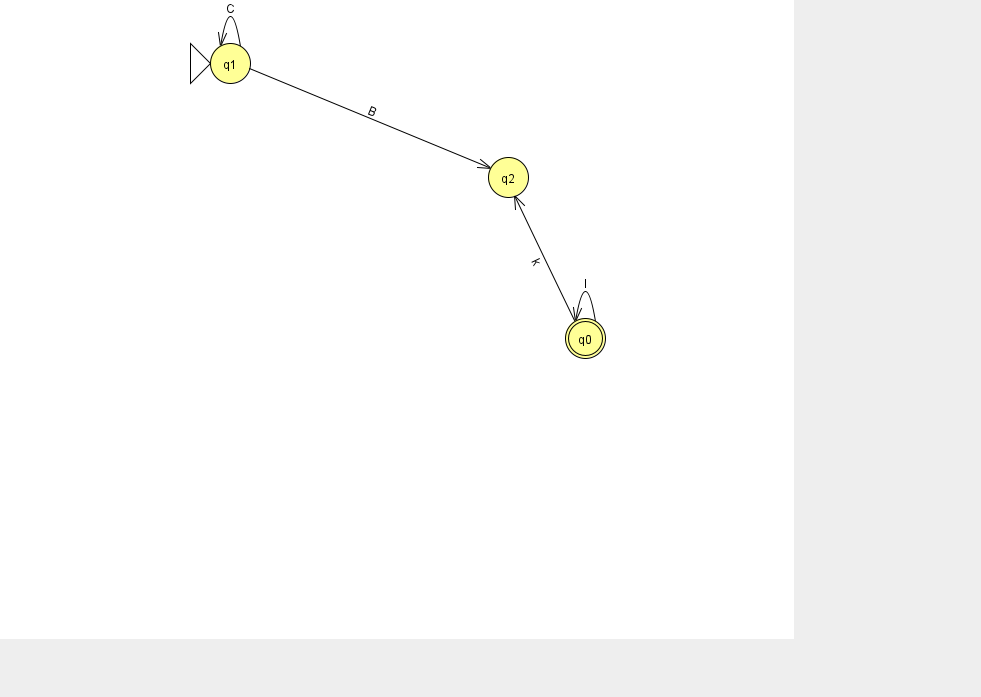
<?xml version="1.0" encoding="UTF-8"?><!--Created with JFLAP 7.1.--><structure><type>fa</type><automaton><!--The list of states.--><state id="0" name="q0"><x>585.0</x><y>325.0</y><final/></state><state id="1" name="q1"><x>230.0</x><y>50.0</y><initial/></state><state id="2" name="q2"><x>508.0</x><y>164.0</y></state><!--The list of transitions.--><transition><from>0</from><to>2</to><read>k</read></transition><transition><from>1</from><to>1</to><read>C</read></transition><transition><from>1</from><to>2</to><read>B</read></transition><transition><from>0</from><to>0</to><read>l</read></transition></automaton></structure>